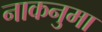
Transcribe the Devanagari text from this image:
नाकनुमा